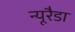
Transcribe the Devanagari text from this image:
न्यूरैडा